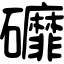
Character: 䃺